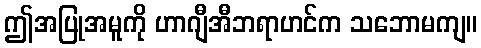
ဤအပြုအမူကို ဟာဂျီအီဘရာဟင်က သဘောမကျ။